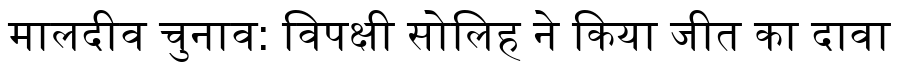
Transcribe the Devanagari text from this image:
मालदीव चुनाव: विपक्षी सोलिह ने किया जीत का दावा